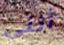
أنني